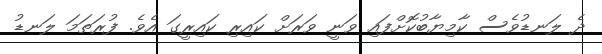
ދެ ލަނޑުވެސް ކާމިޔާބުކޮށްފައި ވަނީ ވަރަށް ކައިރި ކައިރީގަ އެވެ. ފުރަތަމަ ލަނޑު